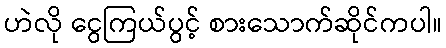
ဟဲလို ငွေကြယ်ပွင့် စားသောက်ဆိုင်ကပါ။